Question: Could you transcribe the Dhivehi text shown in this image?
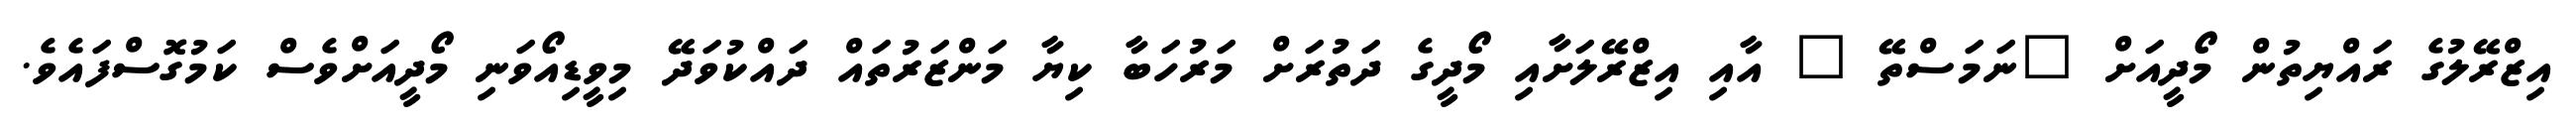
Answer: އިޒްރޭލުގެ ރައްޔިތުން މޯދީއަށް "ނަމަސްތޭ " އާއި އިޒްރޭލަށާއި މޯދީގެ ދަތުރަށް މަރުހަބާ ކިޔާ މަންޒަރުތައް ދައްކުވަދޭ މިވީޑިއޯވަނި މޯދީއަށްވެސް ކަމުގޮސްފައެވެ.